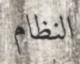
النظام